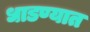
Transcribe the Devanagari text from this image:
धाडण्यात